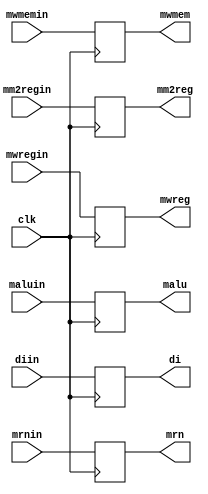
module EXEWB(clk,mwregin,mwreg,mm2regin,mm2reg,
            mwmem,mwmemin,maluin,malu,mrnin,mrn,
            di,diin);
    input clk;
    input mwregin;
    output reg mwreg;
    input mm2regin;
    output reg mm2reg;
    input mwmemin;
    output reg mwmem;
    input[31:0] maluin;
    output reg[31:0] malu;
    input[4:0] mrnin;
    output reg[4:0] mrn;
    input [31:0] diin;
    output reg[31:0] di;

    initial
    begin
        mwreg  = 0;
        mm2reg = 0;
        mwmem  = 0;
        malu   = 0;
        mrn    = 0;
        di     = 0;
    end

    always @(posedge clk)
    begin
        mwreg  =mwregin;
        mm2reg =mm2regin;
        mwmem  =mwmemin;
        malu   =maluin;
        mrn    =mrnin;
        di     =diin;   
    end
endmodule